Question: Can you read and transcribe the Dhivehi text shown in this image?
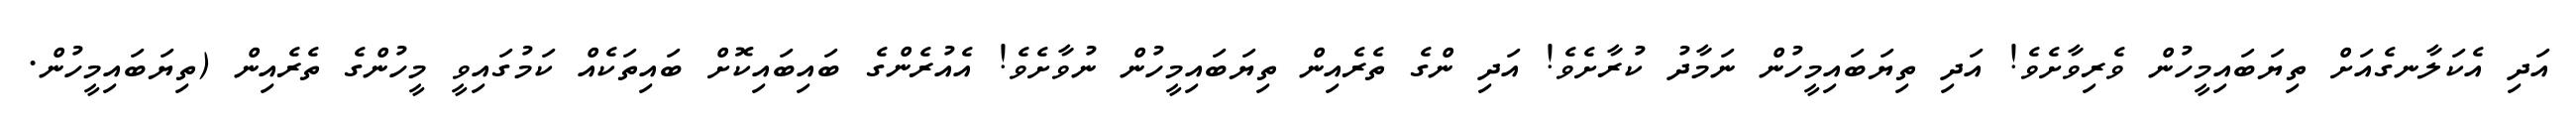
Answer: އަދި އެކަލާނގެއަށް ތިޔަބައިމީހުން ވެރިވާށެވެ! އަދި ތިޔަބައިމީހުން ނަމާދު ކުރާށެވެ! އަދި ންގެ ތެރެއިން ތިޔަބައިމީހުން ނުވާށެވެ! އެއުރެންގެ ބައިބައިކޮށް ބައިތަކެއް ކަމުގައިވީ މީހުންގެ ތެރެއިން (ތިޔަބައިމީހުން.